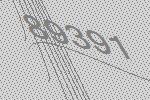
89391